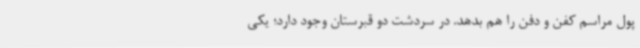
پول مراسم کفن و دفن را هم بدهد. در سردشت دو قبرستان وجود دارد؛ یکی